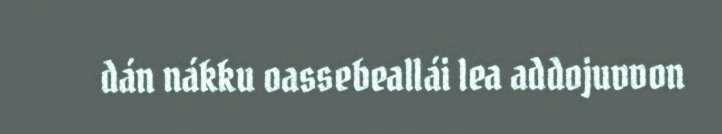
dán nákku oassebeallái lea addojuvvon